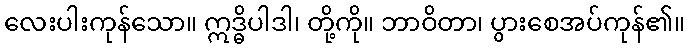
လေးပါးကုန်သော။ ဣဒ္ဓိပါဒါ၊ တို့ကို။ ဘာဝိတာ၊ ပွားစေအပ်ကုန်၏။